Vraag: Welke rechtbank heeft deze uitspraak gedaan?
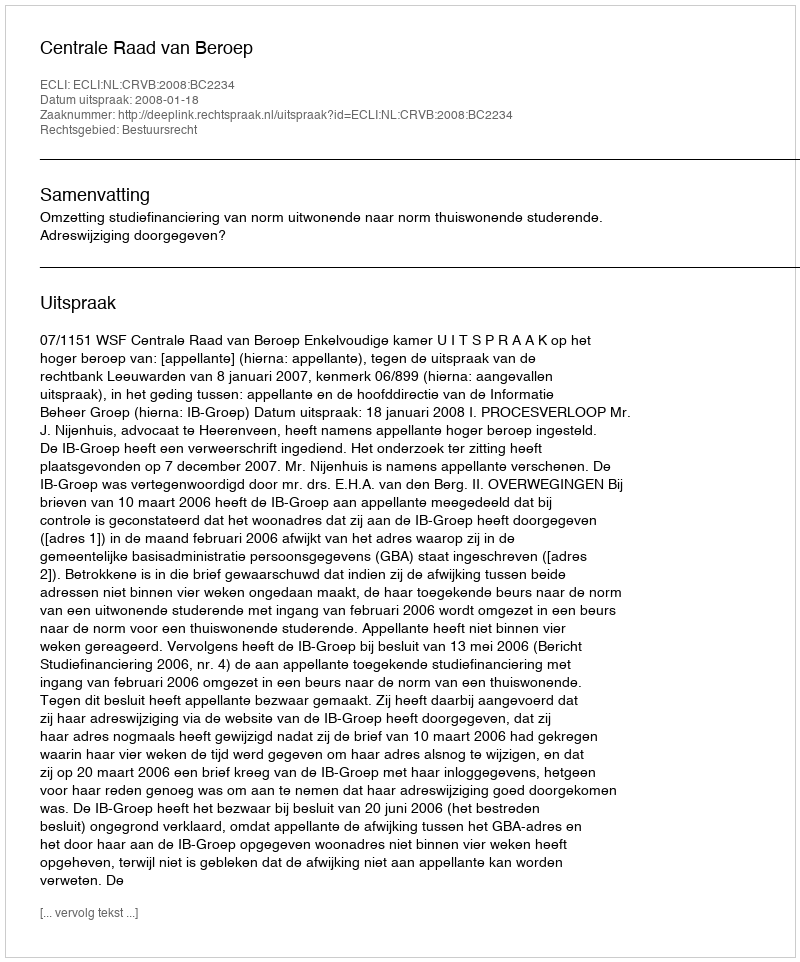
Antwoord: Centrale Raad van Beroep